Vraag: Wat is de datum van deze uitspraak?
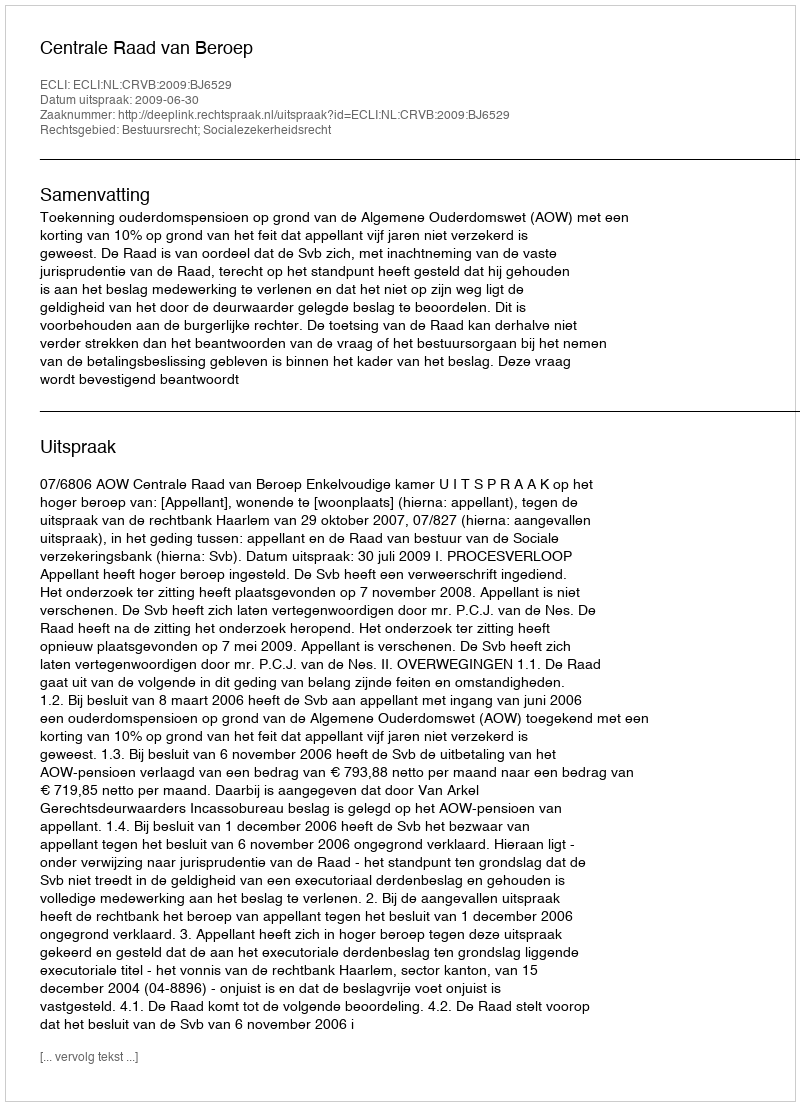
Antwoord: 2009-06-30